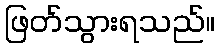
ဖြတ်သွားရသည်။